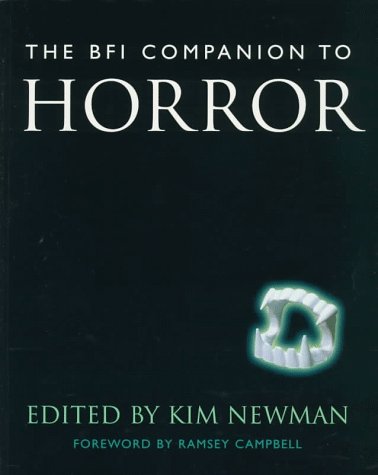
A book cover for The Bfi Companion to Horror (Cassell Film Studies); Kim Newman; Humor & Entertainment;